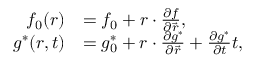
\begin{array} { r l } { f _ { 0 } ( \boldsymbol { r } ) } & { = f _ { 0 } + \boldsymbol { r } \cdot \frac { \partial f } { \partial \vec { r } } , } \\ { g ^ { \ast } ( \boldsymbol { r } , t ) } & { = g _ { 0 } ^ { \ast } + \boldsymbol { r } \cdot \frac { \partial g ^ { \ast } } { \partial \vec { r } } + \frac { \partial g ^ { \ast } } { \partial t } t , } \end{array}